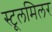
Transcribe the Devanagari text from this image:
स्टूलमिलर